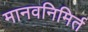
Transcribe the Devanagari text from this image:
मानवनिमिर्त